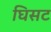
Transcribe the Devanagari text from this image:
घिसट